Leningradi_Edasi_toimetus, lk 33
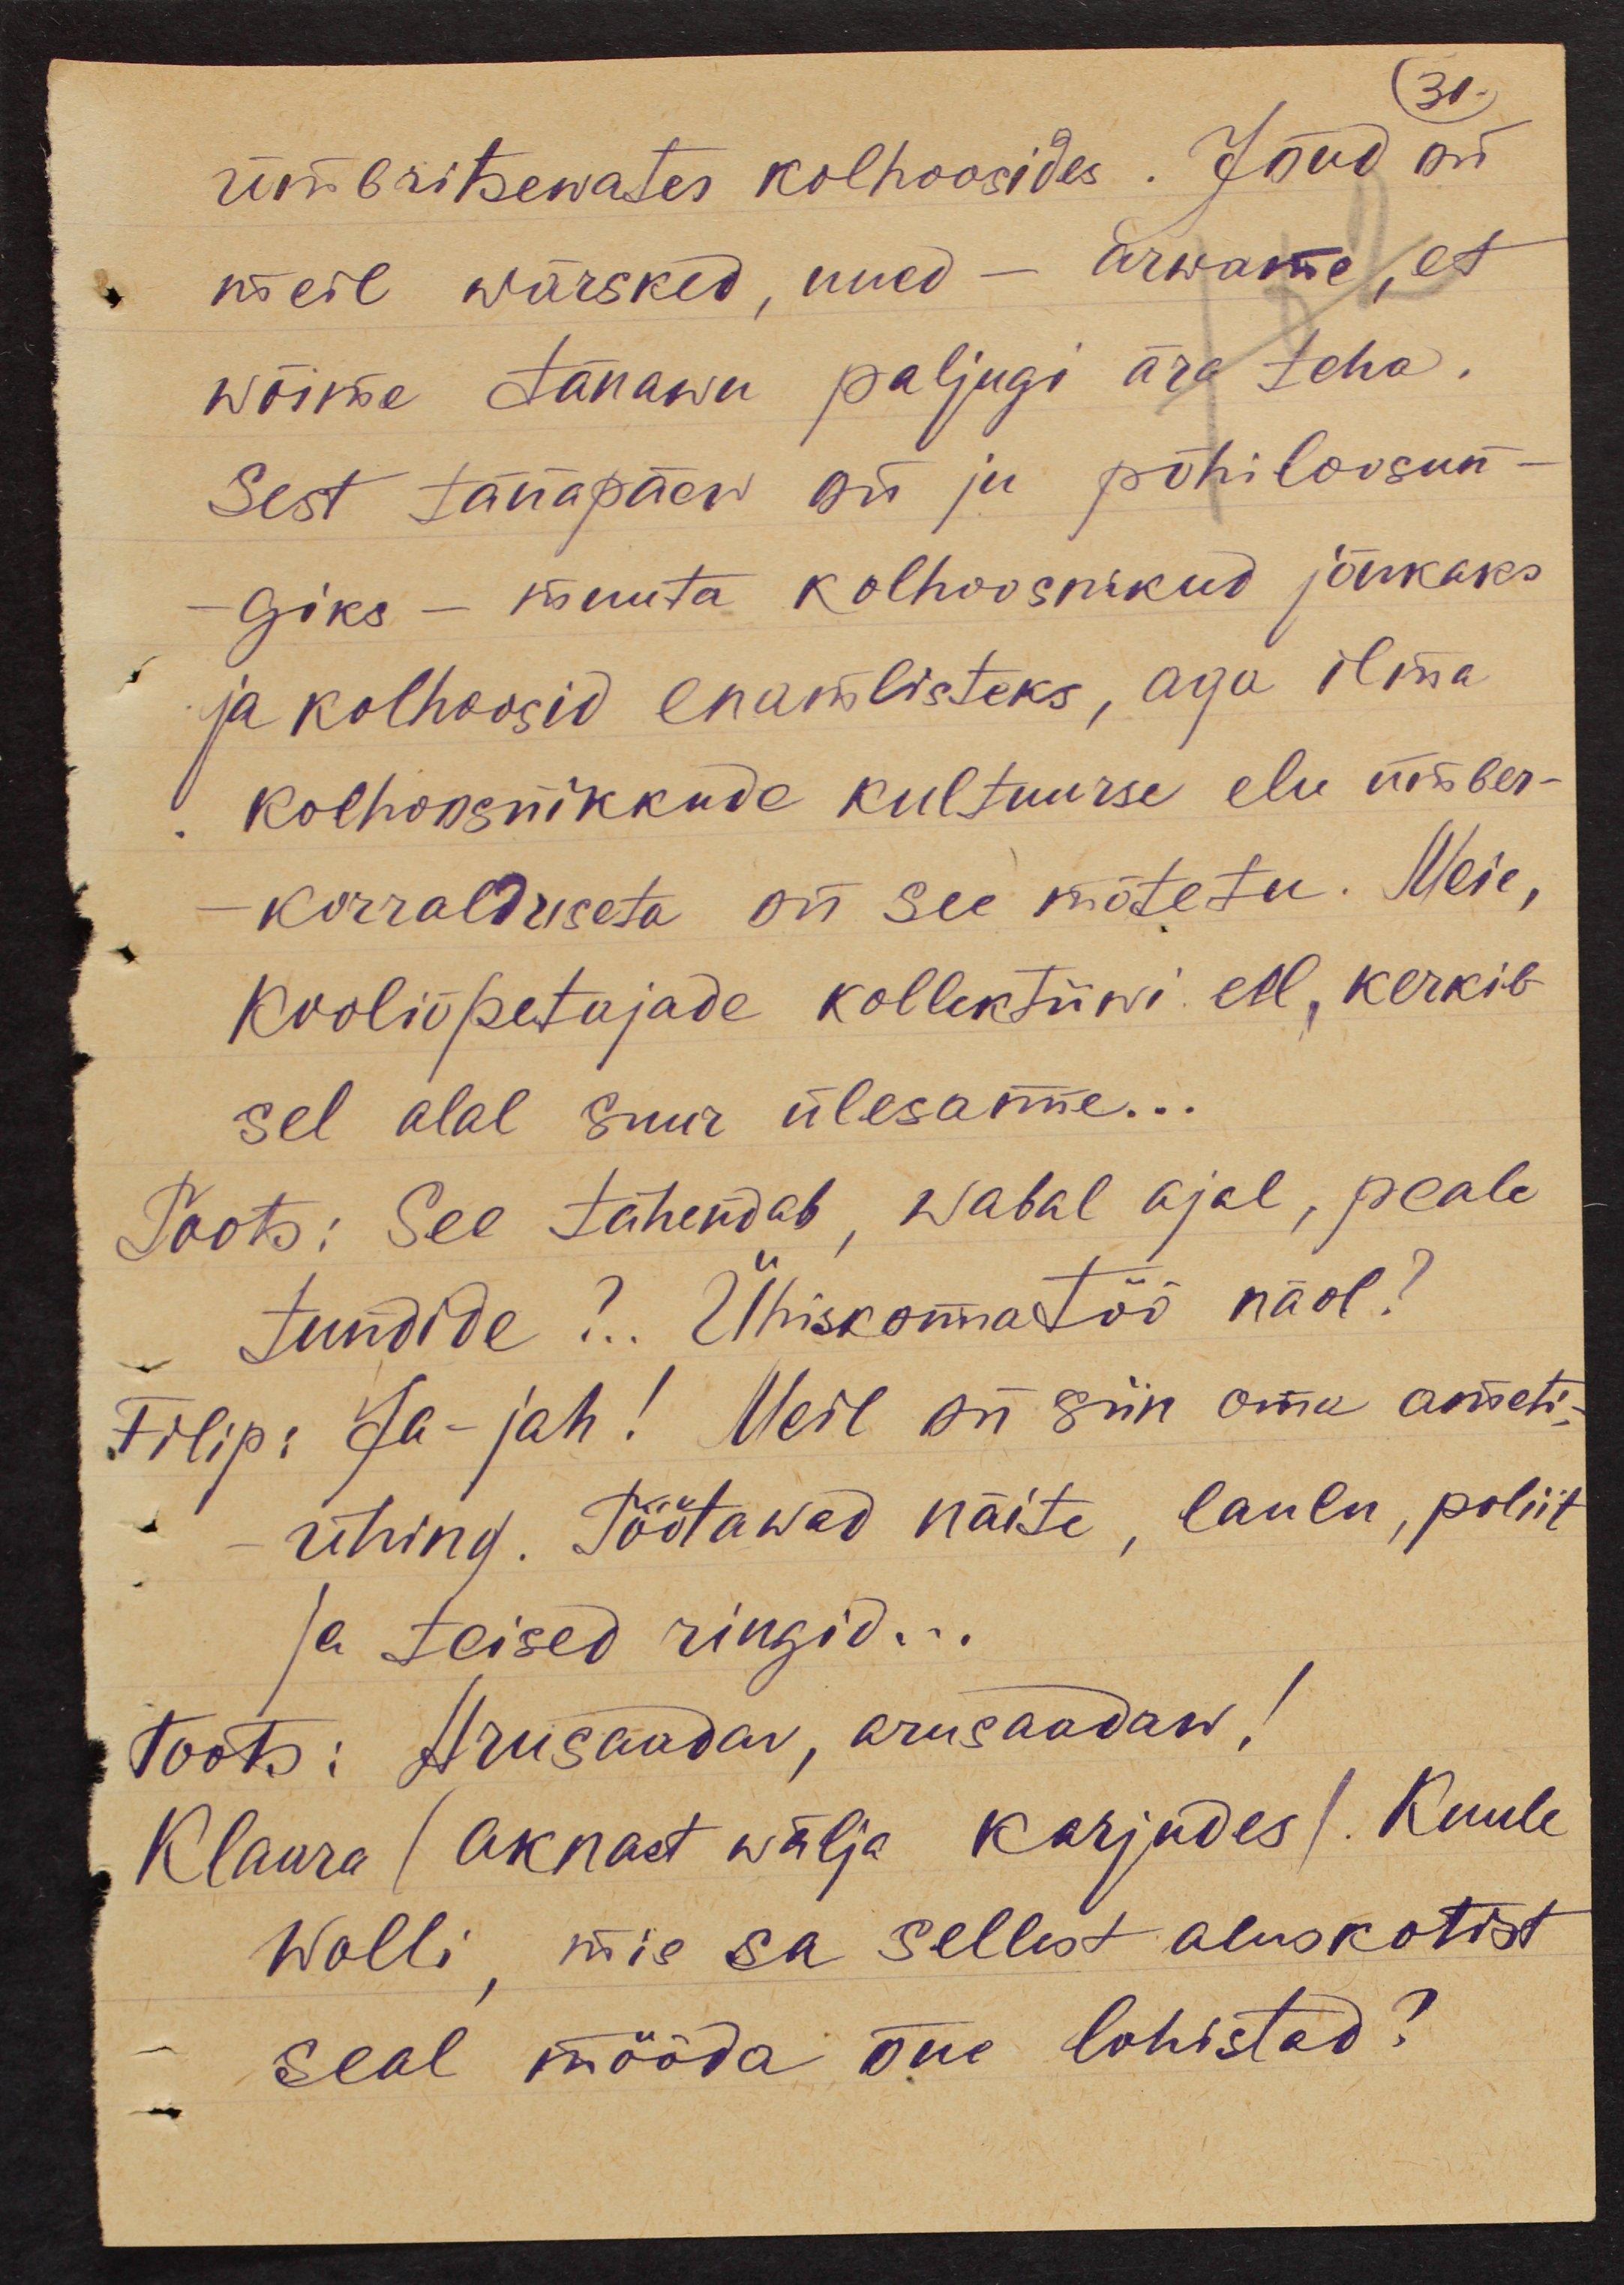
31.
ümbritsewates kolhoosides. Jõud on
meil wärsked, uued - arwame, et
wõime tänawu paljugi ära teha.
Sest tänapäew on ju põhiloosun-
giks - muuta kolhoosnikud jõukaks
ja kolhoosid enamlisteks, aga ilma
kolhoosnikkude kultuurse elu ümber-
korralduseta on see mõtetu. Meie,
kooliõpetajade kollektiivi eel, kerkib
sel alal suur ülesanne...
Toots: See tähendab, wabal ajal, peale
tundide ?.. Ühiskonnatöö näol?
Filip: Ja-jah! Meil on siin oma ameti-
ühing. Töötawad näite, laulu, poliit
ja teised ringid...
Toots: Arusaadav, arusaadaw!
Klaara (aknast wälja karjudes). Kuule
Wolli, mis sa sellest aluskotist
seal mööda õue lohistad?